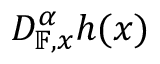
D _ { \mathbb { F } , x } ^ { \alpha } h ( x )